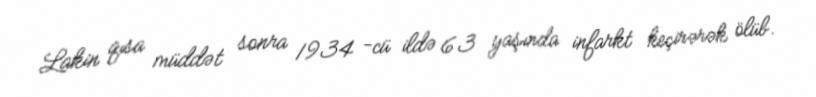
Lakin qısa müddət sonra 1934 -cü ildə 63 yaşında infarkt keçirərək ölüb.